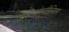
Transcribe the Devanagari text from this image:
डिक्टिओस्टीलियम